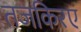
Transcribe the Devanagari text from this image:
तजकिरए